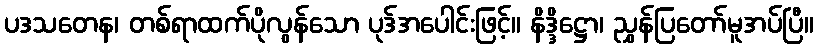
ပဒသတေန၊ တစ်ရာထက်ပိုလွန်သော ပုဒ်အပေါင်းဖြင့်။ နိဒ္ဒိဋ္ဌော၊ ညွှန်ပြတော်မူအပ်ပြီ။